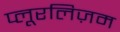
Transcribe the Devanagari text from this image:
प्लूरलिज़म